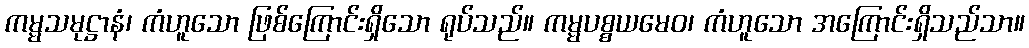
ကမ္မသမုဋ္ဌာနံ၊ ကံဟူသော ဖြစ်ကြောင်းရှိသော ရုပ်သည်။ ကမ္မပစ္စယမေဝ၊ ကံဟူသော အကြောင်းရှိသည်သာ။